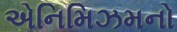
એનિમિઝમનો